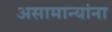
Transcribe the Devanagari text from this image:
असामान्यांना